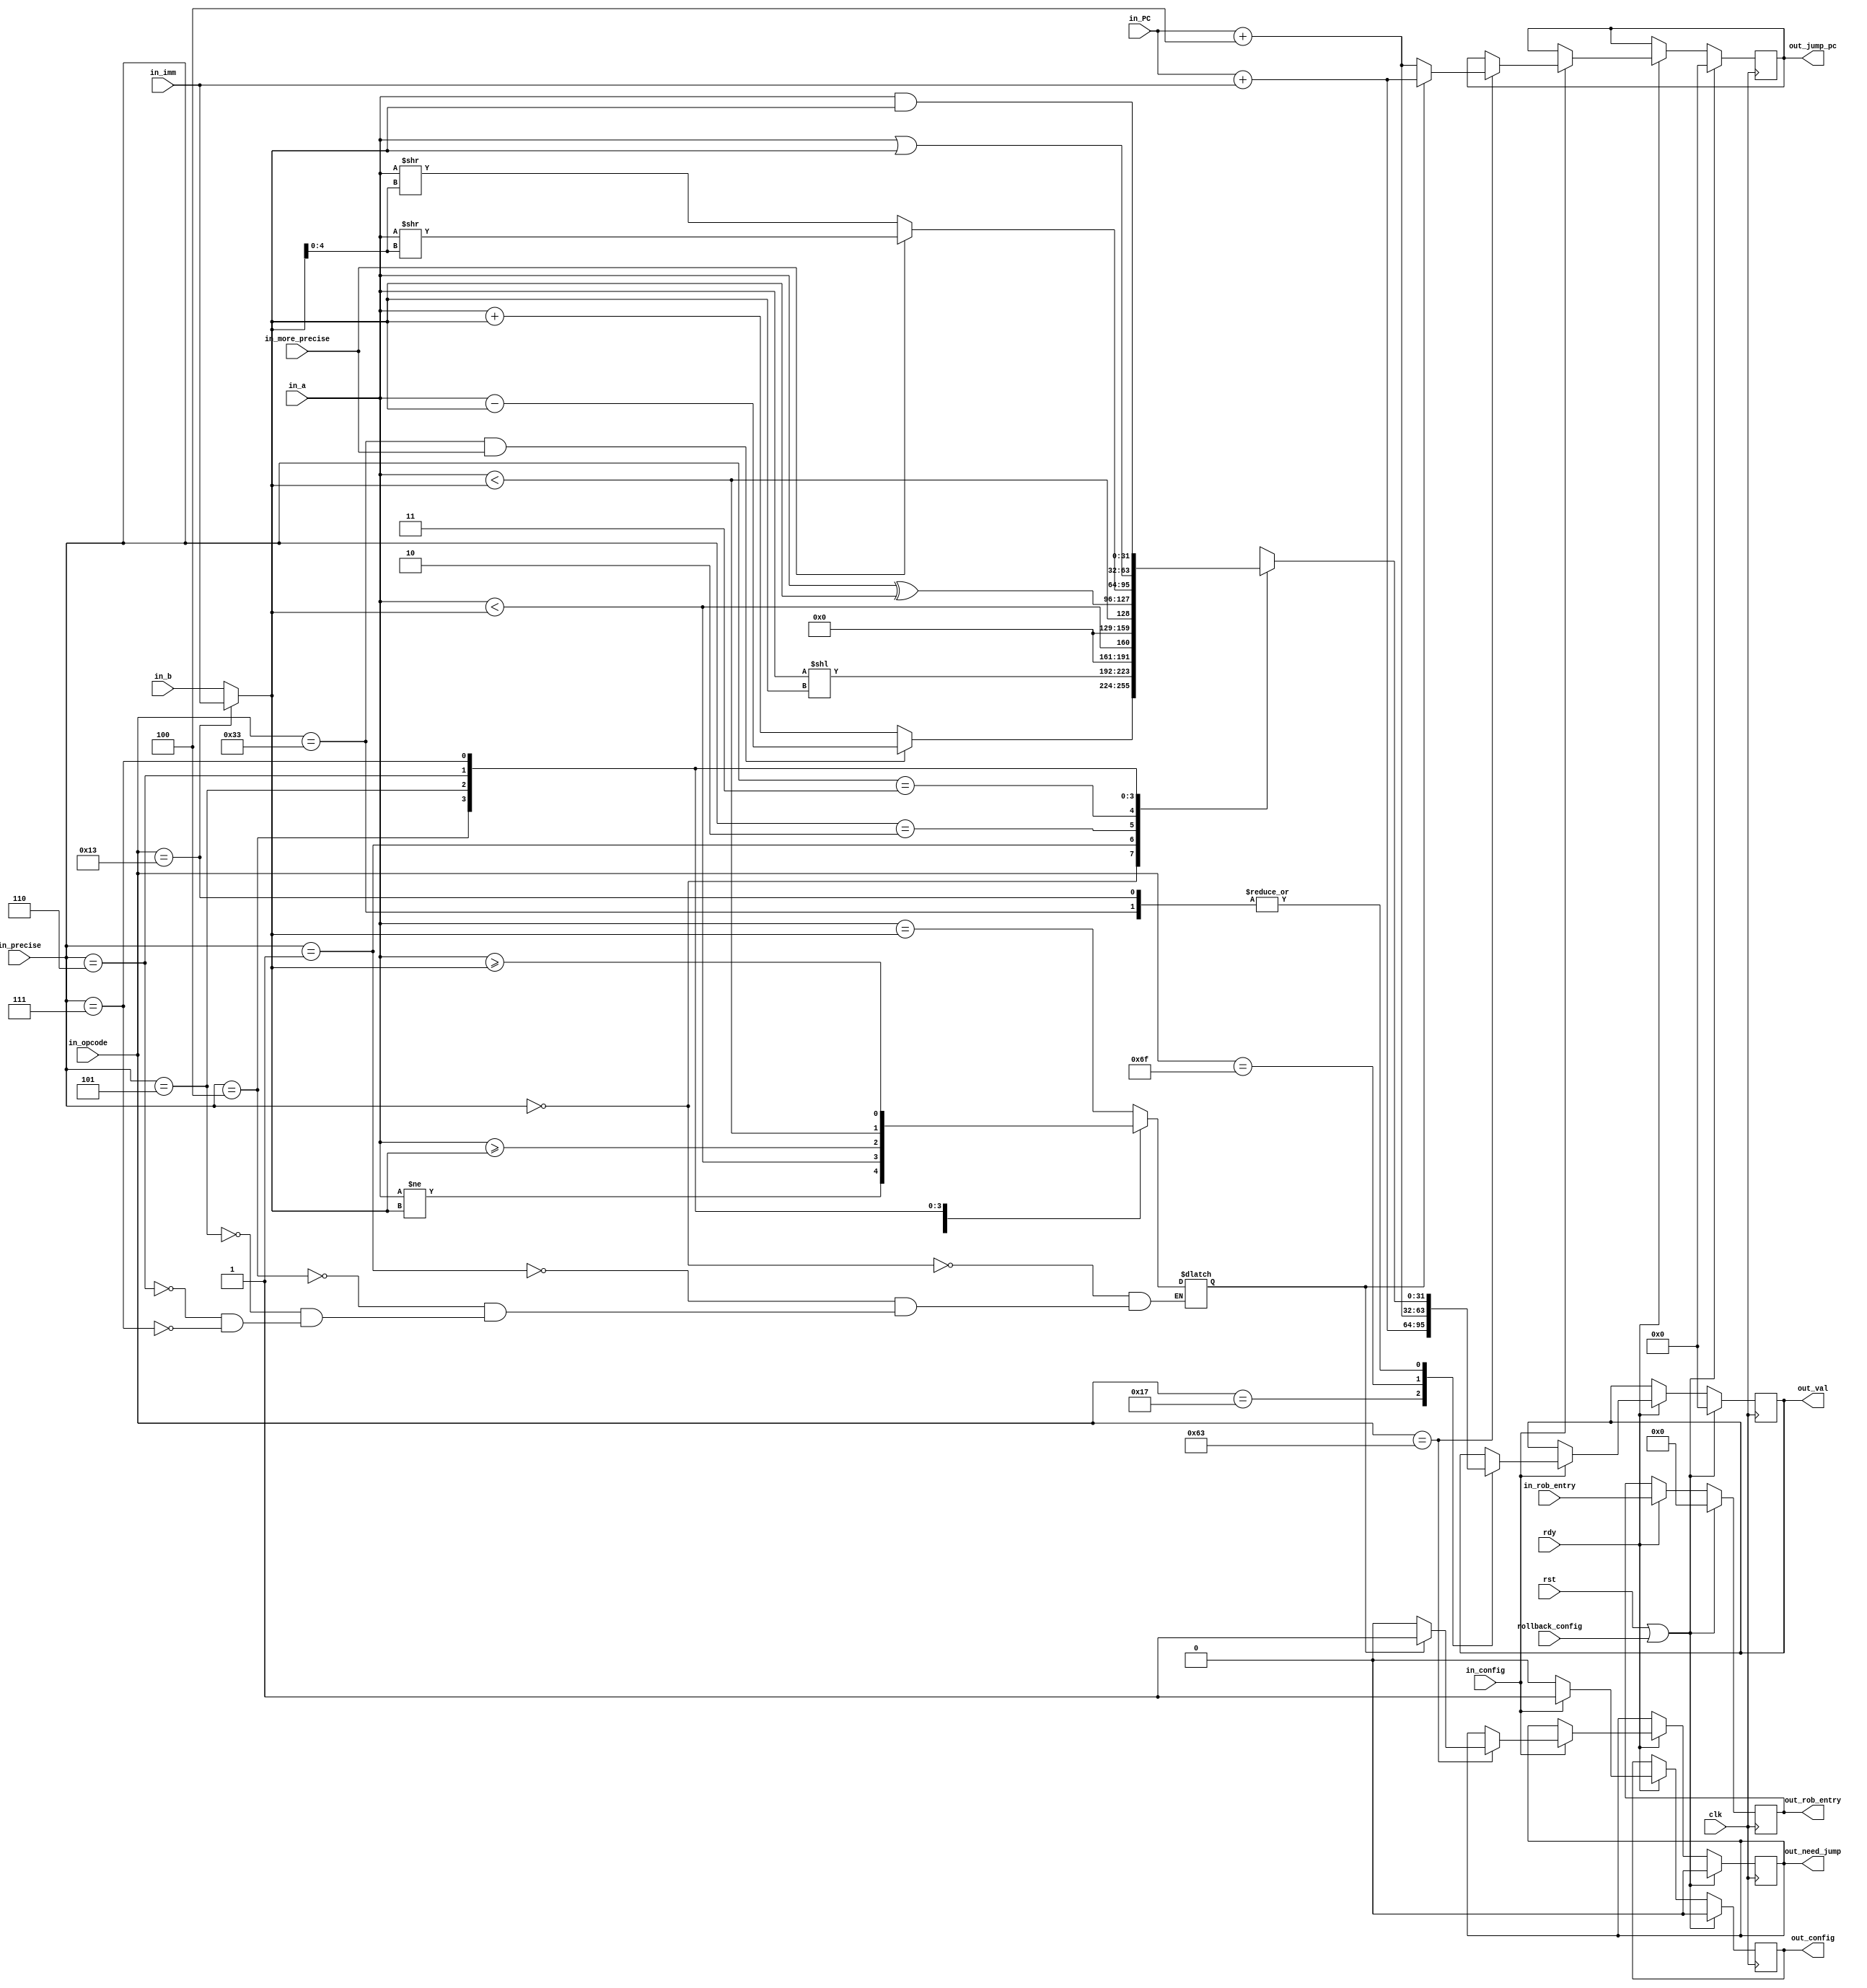
`ifndef ALU
`define ALU
module ALU(
    input   wire            clk,
    input   wire            rst,
    input   wire            rdy,

    input   wire            rollback_config,
    // from RS
    input   wire            in_config,
    input   wire    [31:0]  in_a,
    input   wire    [31:0]  in_b,
    input   wire    [31:0]  in_PC,
    input   wire    [6:0]   in_opcode,
    input   wire    [2:0]   in_precise,
    input   wire            in_more_precise,
    input   wire    [31:0]  in_imm,
    input   wire    [3:0]   in_rob_entry,
    
    // end exe
    output  reg     [31:0]  out_val,
    output  reg             out_need_jump,
    output  reg     [31:0]  out_jump_pc,
    output  reg     [3:0]   out_rob_entry,
    output  reg             out_config
);
    // handle add(i) sub sll(i) slt(i) slt(i)u xor(i) srl(i) sra(i) or(i) and(i)
    wire    [31:0]  opt1      = in_a;
    wire    [31:0]  opt2      = (in_opcode == 7'b0010011) ? in_imm : in_b;
    reg     [31:0]  optans;
    always @(*) begin
        case (in_precise)
            3'b000: begin // ADDI ADD SUB
                if((in_opcode == 7'b0110011) && in_more_precise) begin
                    optans  <= opt1 - opt2;
                end
                else begin
                    optans  <= opt1 + opt2;
                end
            end  
            3'b001: begin // SLLI SLL
                optans  <= opt1 << opt2;
            end
            3'b010: begin // SLTI SLT
                optans  <= ($signed(opt1) < $signed(opt2));
            end
            3'b011: begin // SLTIU SLTU
                optans  <= opt1 < opt2;
            end
            3'b100: begin // XORI XOR
                optans  <= opt1 ^ opt2;
            end
            3'b101: begin // SRLI SRAI SRL SRA
                if(in_more_precise) begin
                    optans  <= $signed(opt1) >> opt2[4:0];
                end
                else begin
                    optans  <= opt1 >> opt2[4:0];
                end
            end
            3'b110: begin // ORI OR
                optans  <= opt1 | opt2;
            end
            3'b111: begin // ANDI AND
                optans  <= opt1 & opt2;
            end
        endcase
    end
    // handle all branch
    reg             is_jump;
    always @(*) begin
        case (in_precise)
            3'b000: begin // BEQ
                is_jump <= (opt1 == opt2);
            end
            3'b001: begin // BNE
                is_jump <= (opt1 != opt2);
            end
            3'b100: begin // BLT
                is_jump <= ($signed(opt1) < $signed(opt2));
            end
            3'b101: begin // BGE
                is_jump <= ($signed(opt1) >= $signed(opt2));
            end
            3'b110: begin // BLTU
                is_jump <= (opt1 < opt2);
            end
            3'b111: begin // BGEU
                is_jump <= (opt1 >= opt2);
            end
        endcase
    end

    always @(posedge clk) begin
        if(rst || rollback_config) begin
            out_val <= 32'b0;
            out_need_jump   <= 1'b0;
            out_jump_pc <= 32'b0;
            out_rob_entry   <= 4'b0;
            out_config  <= 1'b0;
        end
        else begin
            if(rdy) begin
                out_config  <= 1'b0;
                out_rob_entry   <= in_rob_entry;
                if (in_config) begin
                    out_config  <= 1'b1;
                    case (in_opcode)
                    7'b0010111: begin // AUIPC
                        out_val <= in_PC + in_imm;
                    end
                    7'b1101111: begin // JAL
                        out_val <= in_PC + 4;
                    end
                    7'b1100011: begin // branch
                        if (is_jump) begin
                            out_need_jump   <= 1'b1;
                            out_jump_pc <= in_PC + in_imm;
                        end
                        else begin
                            out_need_jump   <= 1'b0;
                            out_jump_pc <= in_PC + 4;
                        end
                    end
                    7'b0010011, 7'b0110011: begin // OP        
                        out_val <= optans;
                    end
                endcase
                end
            end
        end
    end
endmodule //ALU
`endif